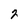
Character: 2